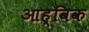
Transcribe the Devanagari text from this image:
आह्विक